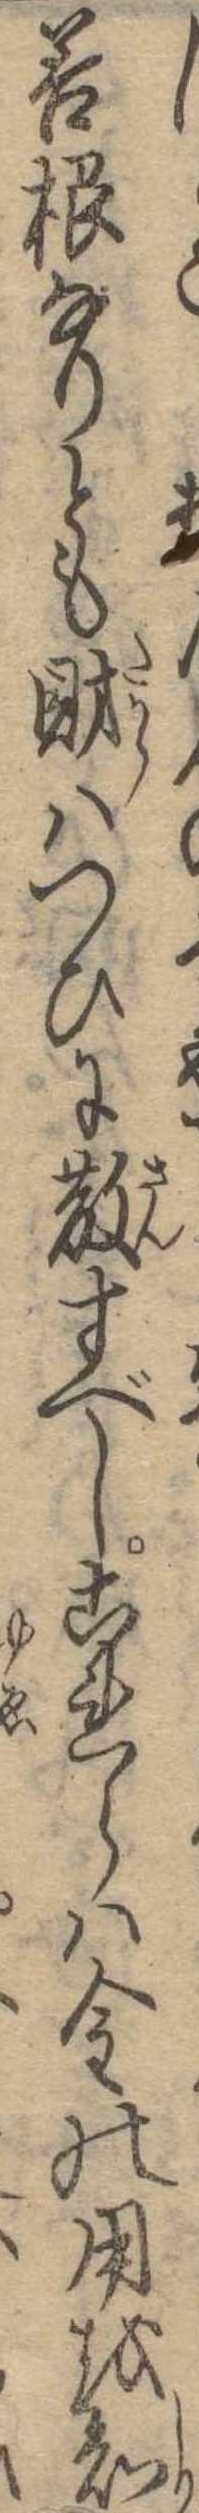
善根なりとも財はつひに散ずべしこれらは金の用を知